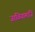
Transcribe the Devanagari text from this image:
जाळियामाजि